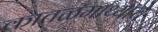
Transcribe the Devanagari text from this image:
कातळमाथ्याचे